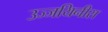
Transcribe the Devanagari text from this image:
उज्जयिनीस